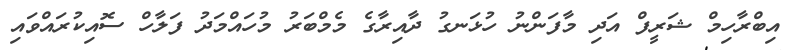
އިބްރާހިމް ޝަރީފް އަދި މާފަންނު ހުޅަނގު ދާއިރާގެ މެމްބަރު މުހައްމަދު ފަލާހް ސޮއިކުރައްވައި